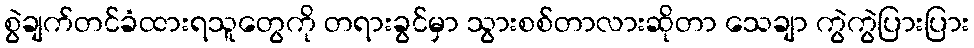
စွဲချက်တင်ခံထားရသူတွေကို တရားခွင်မှာ သွားစစ်တာလားဆိုတာ သေချာ ကွဲကွဲပြားပြား